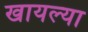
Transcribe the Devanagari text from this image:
खायल्या